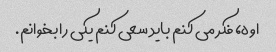
اوه، فکر می کنم باید سعی کنم یکی را بخوانم.